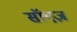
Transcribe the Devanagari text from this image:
सॉएज़